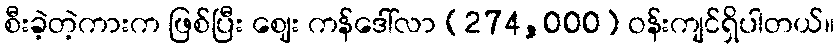
စီးခဲ့တဲ့ကားက ဖြစ်ပြီး ဈေး ကန်ဒေါ်လာ (274,000) ဝန်းကျင်ရှိပါတယ်။